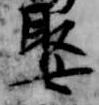
娶